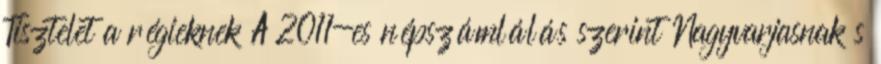
Tisztelet a régieknek A 2011-es népszámlálás szerint Nagyvarjasnak s